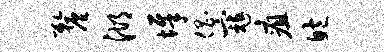
厘湖墀倡寇疽鲍